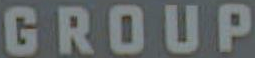
GROUP